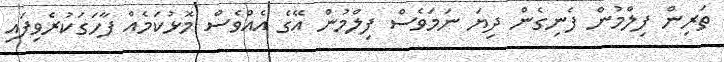
ތަރިން ފިލްމުން ފެނިގެން ދިޔަ ނަމަަވެސް ފިލްމުން އޭގެ އެއްވެސް މޮޅުކަމެއް ފާހަގަކުރެވިފައި